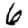
Digit: 6